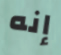
إنه